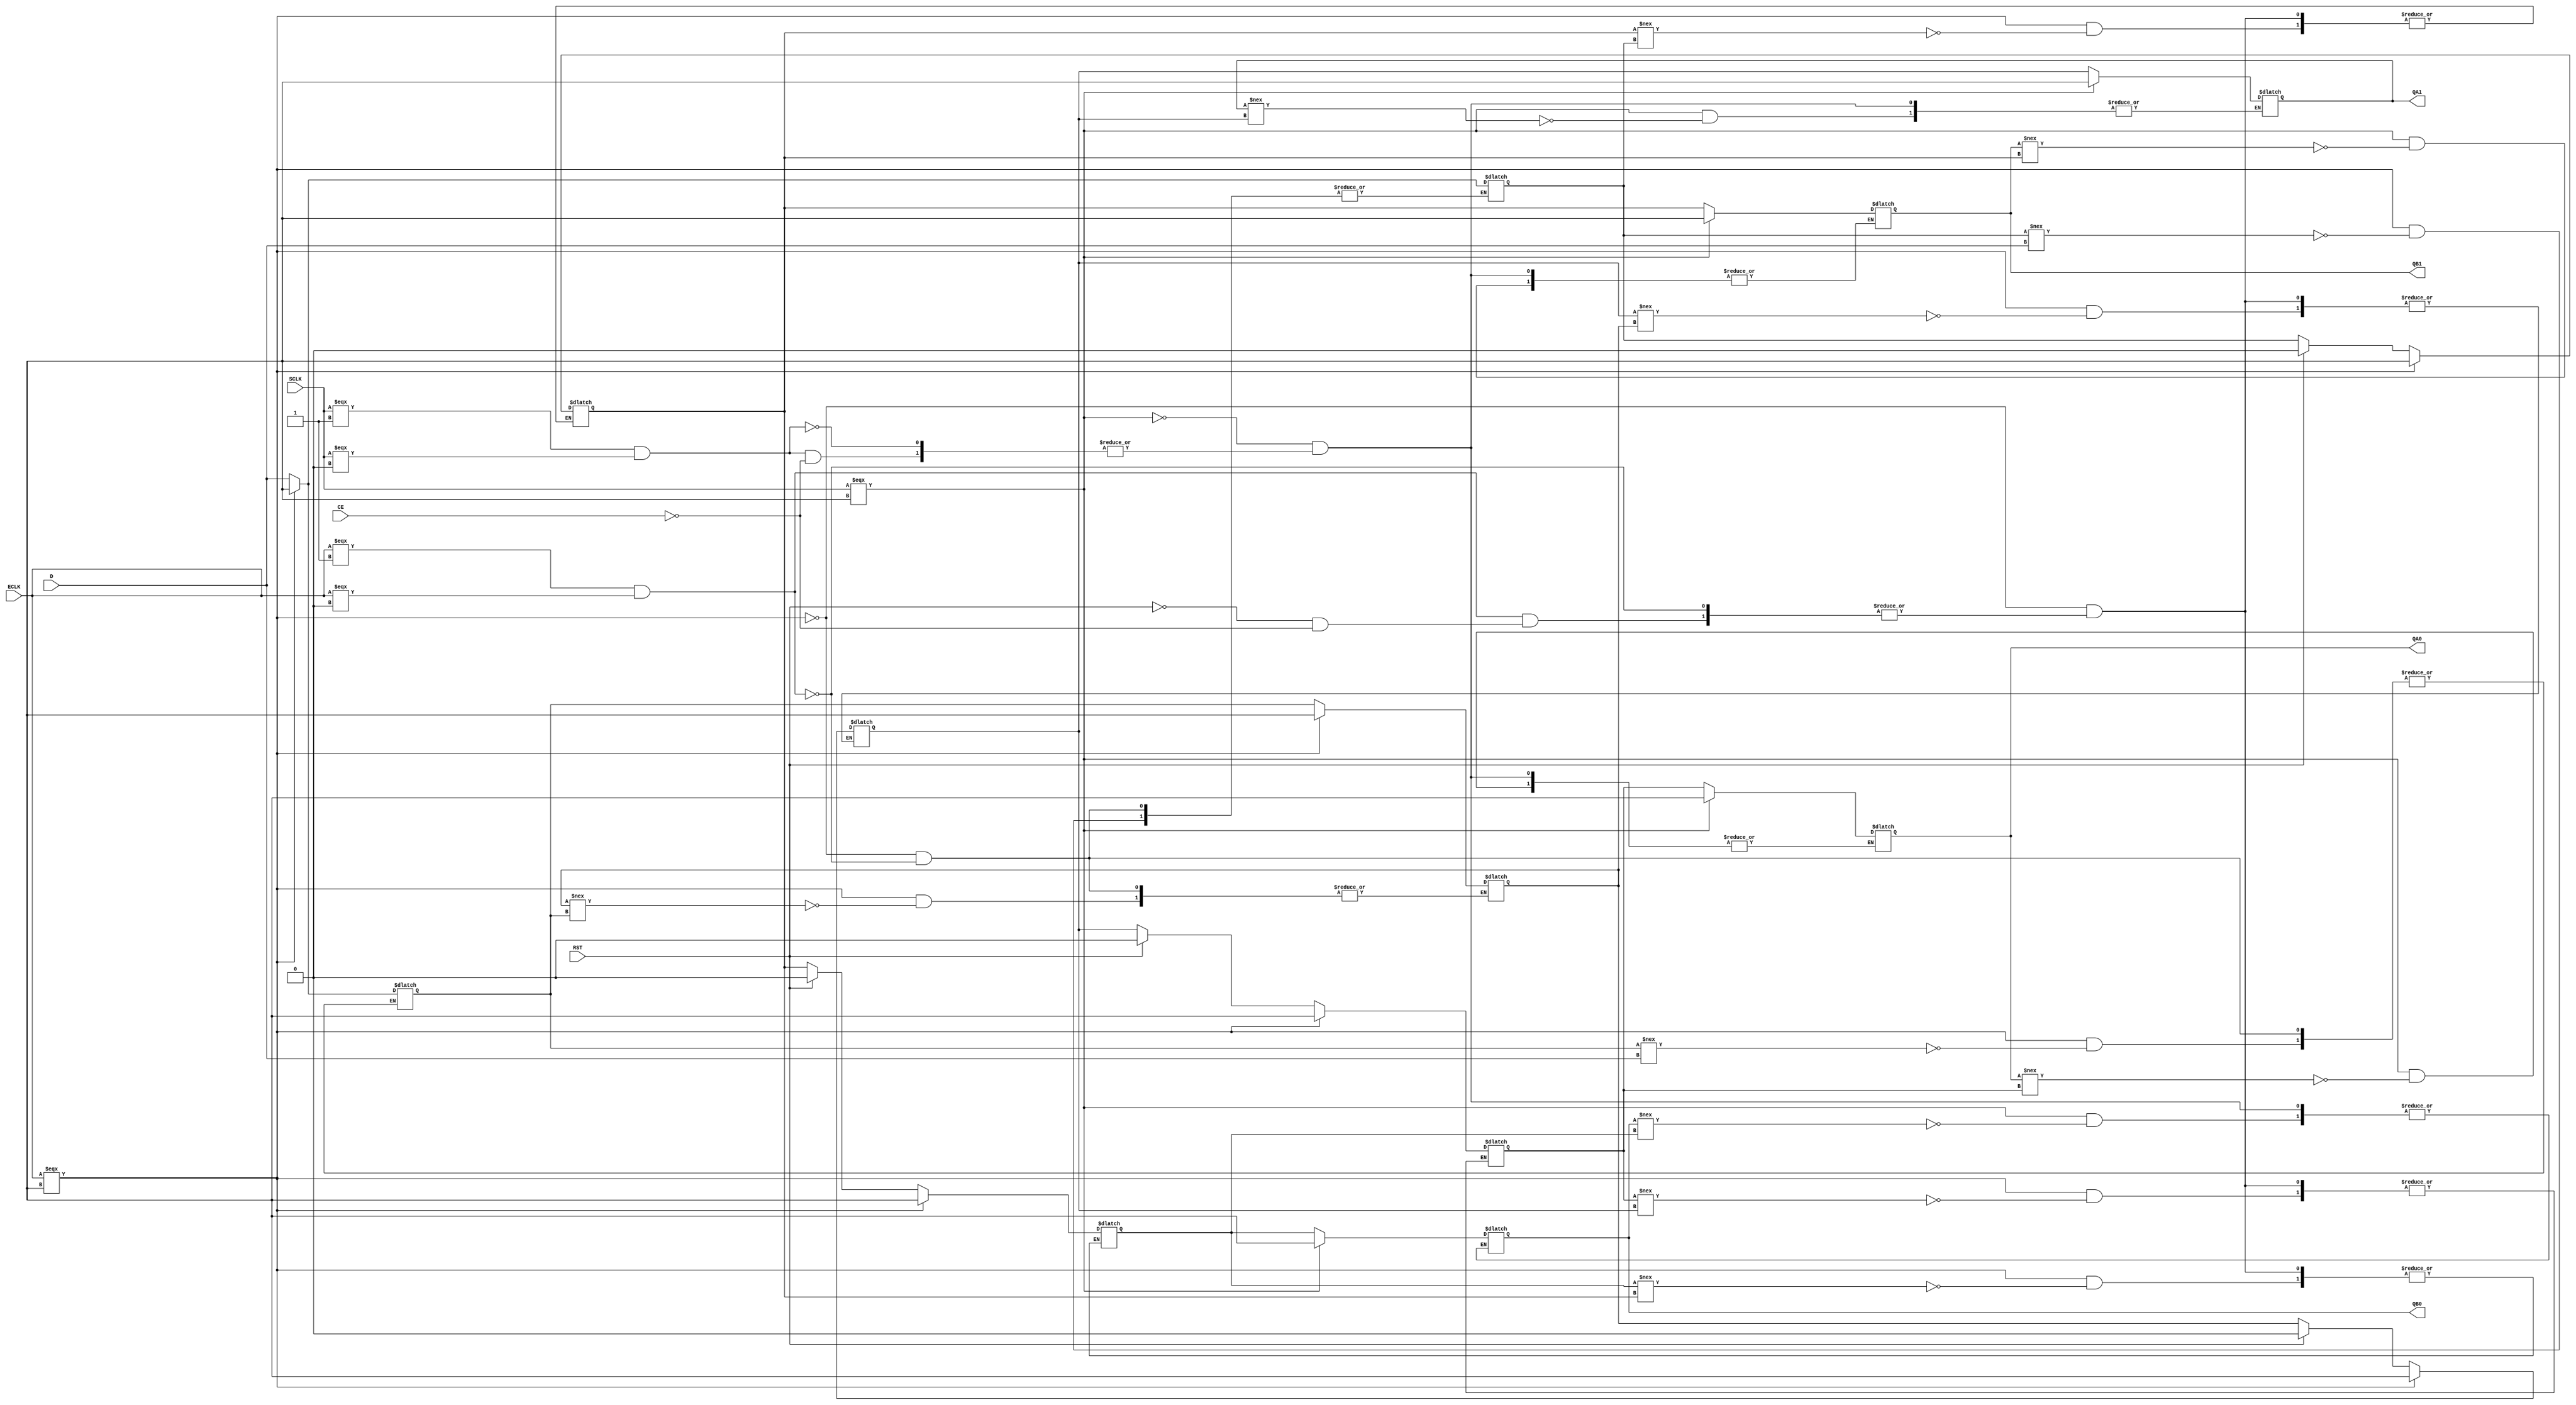
`resetall
`timescale 1 ns / 1 ps

`celldefine

module IDDRX2B(D, ECLK, SCLK, CE, RST, QA0, QA1, QB0, QB1);

input  D, ECLK, SCLK, CE, RST;
output QA0, QA1, QB0, QB1;

wire Db, ECLKB, SCLKB, CEB, RSTB;

reg QP0, QN0, QN1;
reg last_ECLK, last_SCLK;
reg IPOS0A, IPOS1A, QPOS0A, QPOS1A;
reg IPOS0B, IPOS1B, QPOS0B, QPOS1B;

buf (Db, D);
buf (ECLKB, ECLK);
buf (SCLKB, SCLK);
buf (CEB, CE);
buf (RSTB, RST);

buf (QA0, QPOS1B);
buf (QA1, QPOS1A);
buf (QB0, QPOS0B);
buf (QB1, QPOS0A);

initial
begin
QP0 = 0;
QN1 = 0;
QN0 = 0;
IPOS0A = 0;
IPOS1A = 0;
IPOS0B = 0;
IPOS1B = 0;
QPOS0A = 0;
QPOS1A = 0;
QPOS0B = 0;
QPOS1B = 0;
end

initial
begin
last_ECLK = 1'b0;
last_SCLK = 1'b0;
end

always @ (ECLKB, SCLKB)
begin
   last_ECLK <= ECLKB;
   last_SCLK <= SCLKB;
end

always @ (ECLKB)
begin
   if (ECLKB === 1'bX)
   begin
      if (QN0 !== Db)
         QN0 <= 1'bX;
   end
   else
   begin
      if (ECLKB === 1'b0 && last_ECLK === 1'b1)
      begin
         QN0 <= Db;
      end
   end
end

always @ (ECLKB)
begin
   if (ECLKB === 1'bX)
   begin
      if (QP0 !== Db)
         QP0 <= 1'bX;
   end
   else
   begin
      if (ECLKB === 1'b1 && last_ECLK === 1'b0)
      begin
         QP0 <= Db;
      end
   end
end

always @ (ECLKB)
begin
   if (ECLKB === 1'bX)
   begin
      if (QN1 !== QP0)
         QN1 <= 1'bX;
   end
   else
   begin
      if (ECLKB === 1'b0 && last_ECLK === 1'b1)
      begin
         QN1 <= QP0;
      end
   end
end

always @ (ECLKB)
begin
   if (ECLKB === 1'bX)
   begin
      if (IPOS0A !== QN0)
         IPOS0A <= 1'bX;
   end
   else
   begin
      if (ECLKB === 1'b1 && last_ECLK === 1'b0)
      begin
         if (RSTB == 1'b1)
            IPOS0A <= 1'b0;
         else if (CEB == 1'b1)
            IPOS0A <= QN0;
      end
   end
end

always @ (ECLKB)
begin
   if (ECLKB === 1'bX)
   begin
      if (IPOS1A !== QN1)
         IPOS1A <= 1'bX;
   end
   else
   begin
      if (ECLKB === 1'b1 && last_ECLK === 1'b0)
      begin
         if (RSTB == 1'b1)
            IPOS1A <= 1'b0;
         else if (CEB == 1'b1)
            IPOS1A <= QN1;
      end
   end
end

always @ (ECLKB)
begin
   if (ECLKB === 1'bX)
   begin
      if (IPOS0B !== IPOS0A)
         IPOS0B <= 1'bX;
   end
   else
   begin
      if (ECLKB === 1'b1 && last_ECLK === 1'b0)
      begin
         if (RSTB == 1'b1)
            IPOS0B <= 1'b0;
         else if (CEB == 1'b1)
            IPOS0B <= IPOS0A;
      end
   end
end

always @ (ECLKB)
begin
   if (ECLKB === 1'bX)
   begin
      if (IPOS1B !== IPOS1A)
         IPOS1B <= 1'bX;
   end
   else
   begin
      if (ECLKB === 1'b1 && last_ECLK === 1'b0)
      begin
         if (RSTB == 1'b1)
            IPOS1B <= 1'b0;
         else if (CEB == 1'b1)
            IPOS1B <= IPOS1A;
      end
   end
end

always @ (SCLKB)
begin
   if (SCLKB === 1'bX)
   begin
      if (QPOS0A !== IPOS0A)
         QPOS0A <= 1'bX;
   end
   else
   begin
      if (SCLKB === 1'b1 && last_SCLK === 1'b0)
      begin
         if (CEB == 1'b1)
            QPOS0A <= IPOS0A;
      end
   end
end

always @ (SCLKB)
begin
   if (SCLKB === 1'bX)
   begin
      if (QPOS1A !== IPOS1A)
         QPOS1A <= 1'bX;
   end
   else
   begin
      if (SCLKB === 1'b1 && last_SCLK === 1'b0)
      begin
         if (CEB == 1'b1)
            QPOS1A <= IPOS1A;
      end
   end
end

always @ (SCLKB)
begin
   if (SCLKB === 1'bX)
   begin
      if (QPOS0B !== IPOS0B)
         QPOS0B <= 1'bX;
   end
   else
   begin
      if (SCLKB === 1'b1 && last_SCLK === 1'b0)
      begin
         if (CEB == 1'b1)
            QPOS0B <= IPOS0B;
      end
   end
end

always @ (SCLKB)
begin
   if (SCLKB === 1'bX)
   begin
      if (QPOS1B !== IPOS1B)
         QPOS1B <= 1'bX;
   end
   else
   begin
      if (SCLKB === 1'b1 && last_SCLK === 1'b0)
      begin
         if (CEB == 1'b1)
            QPOS1B <= IPOS1B;
      end
   end
end

endmodule

`endcelldefine